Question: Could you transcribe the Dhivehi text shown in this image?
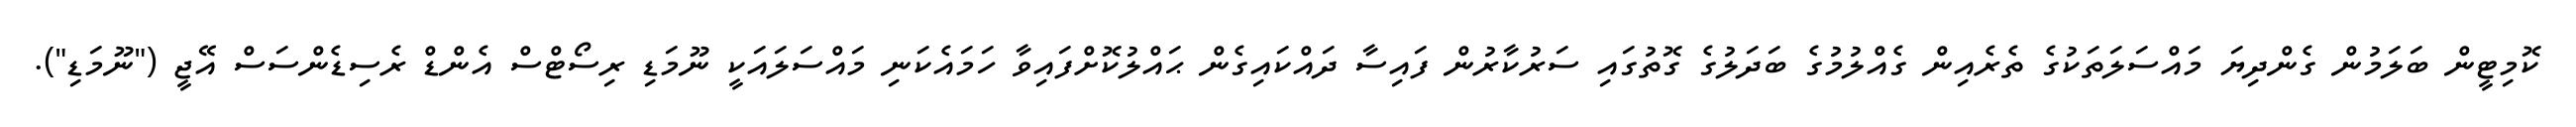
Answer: ކޮމިޓީން ބަލަމުން ގެންދިޔަ މައްސަލަތަކުގެ ތެރެއިން ގެއްލުމުގެ ބަދަލުގެ ގޮތުގައި ސަރުކާރުން ފައިސާ ދައްކައިގެން ޙައްލުކޮށްފައިވާ ހަމައެކަނި މައްސަލައަކީ ނޫމަޑި ރިސޯޓްސް އެންޑް ރެސިޑެންސަސް އޭޖީ ("ނޫމަޑި").